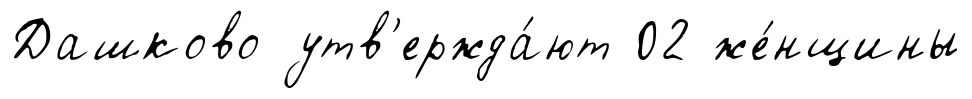
Дашково утв'ержда́ют 02 же́нщины